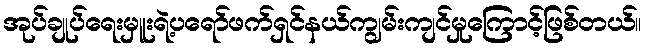
အုပ်ချုပ်ရေးမှူးရဲ့ပရော်ဖက်ရှင်နယ်ကျွမ်းကျင်မှုကြောင့်ဖြစ်တယ်။